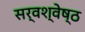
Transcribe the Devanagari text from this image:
सर्वश्वेष्ठ